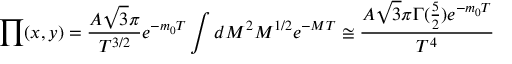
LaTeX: \prod ( x , y ) = \frac { A \sqrt { 3 } \pi } { T ^ { 3 / 2 } } e ^ { - m _ { 0 } T } \int d M ^ { 2 } M ^ { 1 / 2 } e ^ { - M T } \cong \frac { A \sqrt { 3 } \pi \Gamma ( \frac { 5 } { 2 } ) e ^ { - m _ { 0 } T } } { T ^ { 4 } }